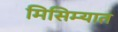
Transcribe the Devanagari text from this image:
मिसिम्यात